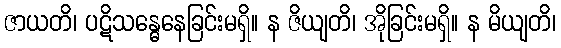
ဇာယတိ၊ ပဋိသန္ဓေနေခြင်းမရှိ။ န ဇိယျတိ၊ အိုခြင်းမရှိ။ န မိယျတိ၊